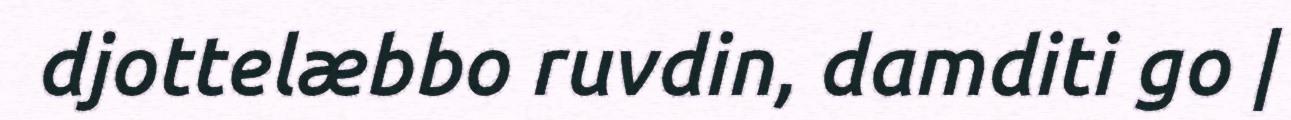
djottelæbbo ruvdin, damditi go |